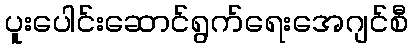
ပူးပေါင်းဆောင်ရွက်ရေးအေဂျင်စီ